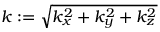
k : = \sqrt { k _ { x } ^ { 2 } + k _ { y } ^ { 2 } + k _ { z } ^ { 2 } }